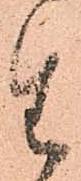
生